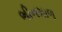
ભીનમાળ